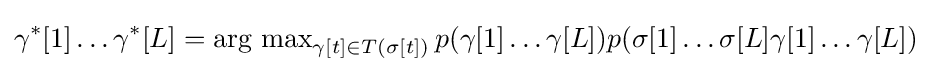
\gamma ^{*}[1]\ldots \gamma ^{*}[L]=\operatorname {\arg \,max} _{\gamma [t]\in T(\sigma [t])}p(\gamma [1]\ldots \gamma [L])p(\sigma [1]\ldots \sigma [L]\gamma [1]\ldots \gamma [L])